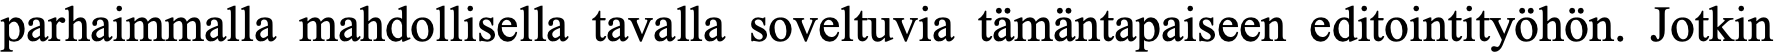
parhaimmalla mahdollisella tavalla soveltuvia tämäntapaiseen editointityöhön. Jotkin